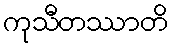
ကုသီတဿာတိ